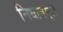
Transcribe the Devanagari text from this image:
निधानम्।।